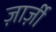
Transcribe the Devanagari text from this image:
ज़ार्ज़ी